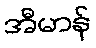
အီမာန်